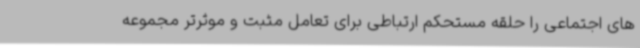
های اجتماعی را حلقه مستحکم ارتباطی برای تعامل مثبت و موثرتر مجموعه